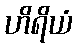
ဟိရိယံ